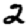
Digit: 2